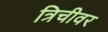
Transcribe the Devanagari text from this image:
त्रिचीवर